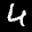
Label: 4